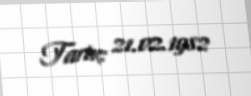
Tarix: 21.02.1982